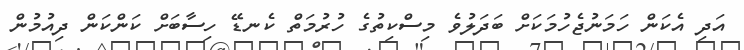
އަދި އެކަން ހަމަނުޖެހުމަކަށް ބަދަލުވެ މިސްކިތުގެ ހުރުމަތް ކެނޑޭ ހިސާބަށް ކަންކަން ދިއުމުން